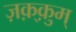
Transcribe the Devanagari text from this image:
ज़क़्क़ुम्